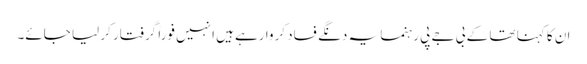
ان کا کہنا تھا کے بی جے پی رہنما یہ دنگے فساد کروا رہے ہیں انہیں فوراً گرفتار کر لیا جائے۔